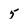
Character: 5